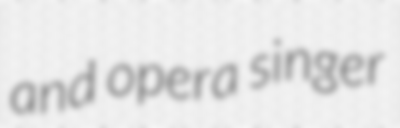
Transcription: and opera singer